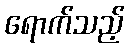
ရောက်သည့်